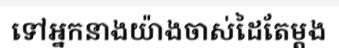
ទៅអ្នកនាងយ៉ាងចាស់ដៃតែម្តង